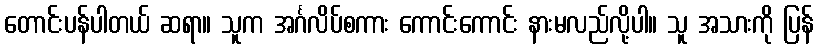
တောင်းပန်ပါတယ် ဆရာ။ သူက အင်္ဂလိပ်စကား ကောင်းကောင်း နားမလည်လို့ပါ။ သူ အသားကို ပြန်